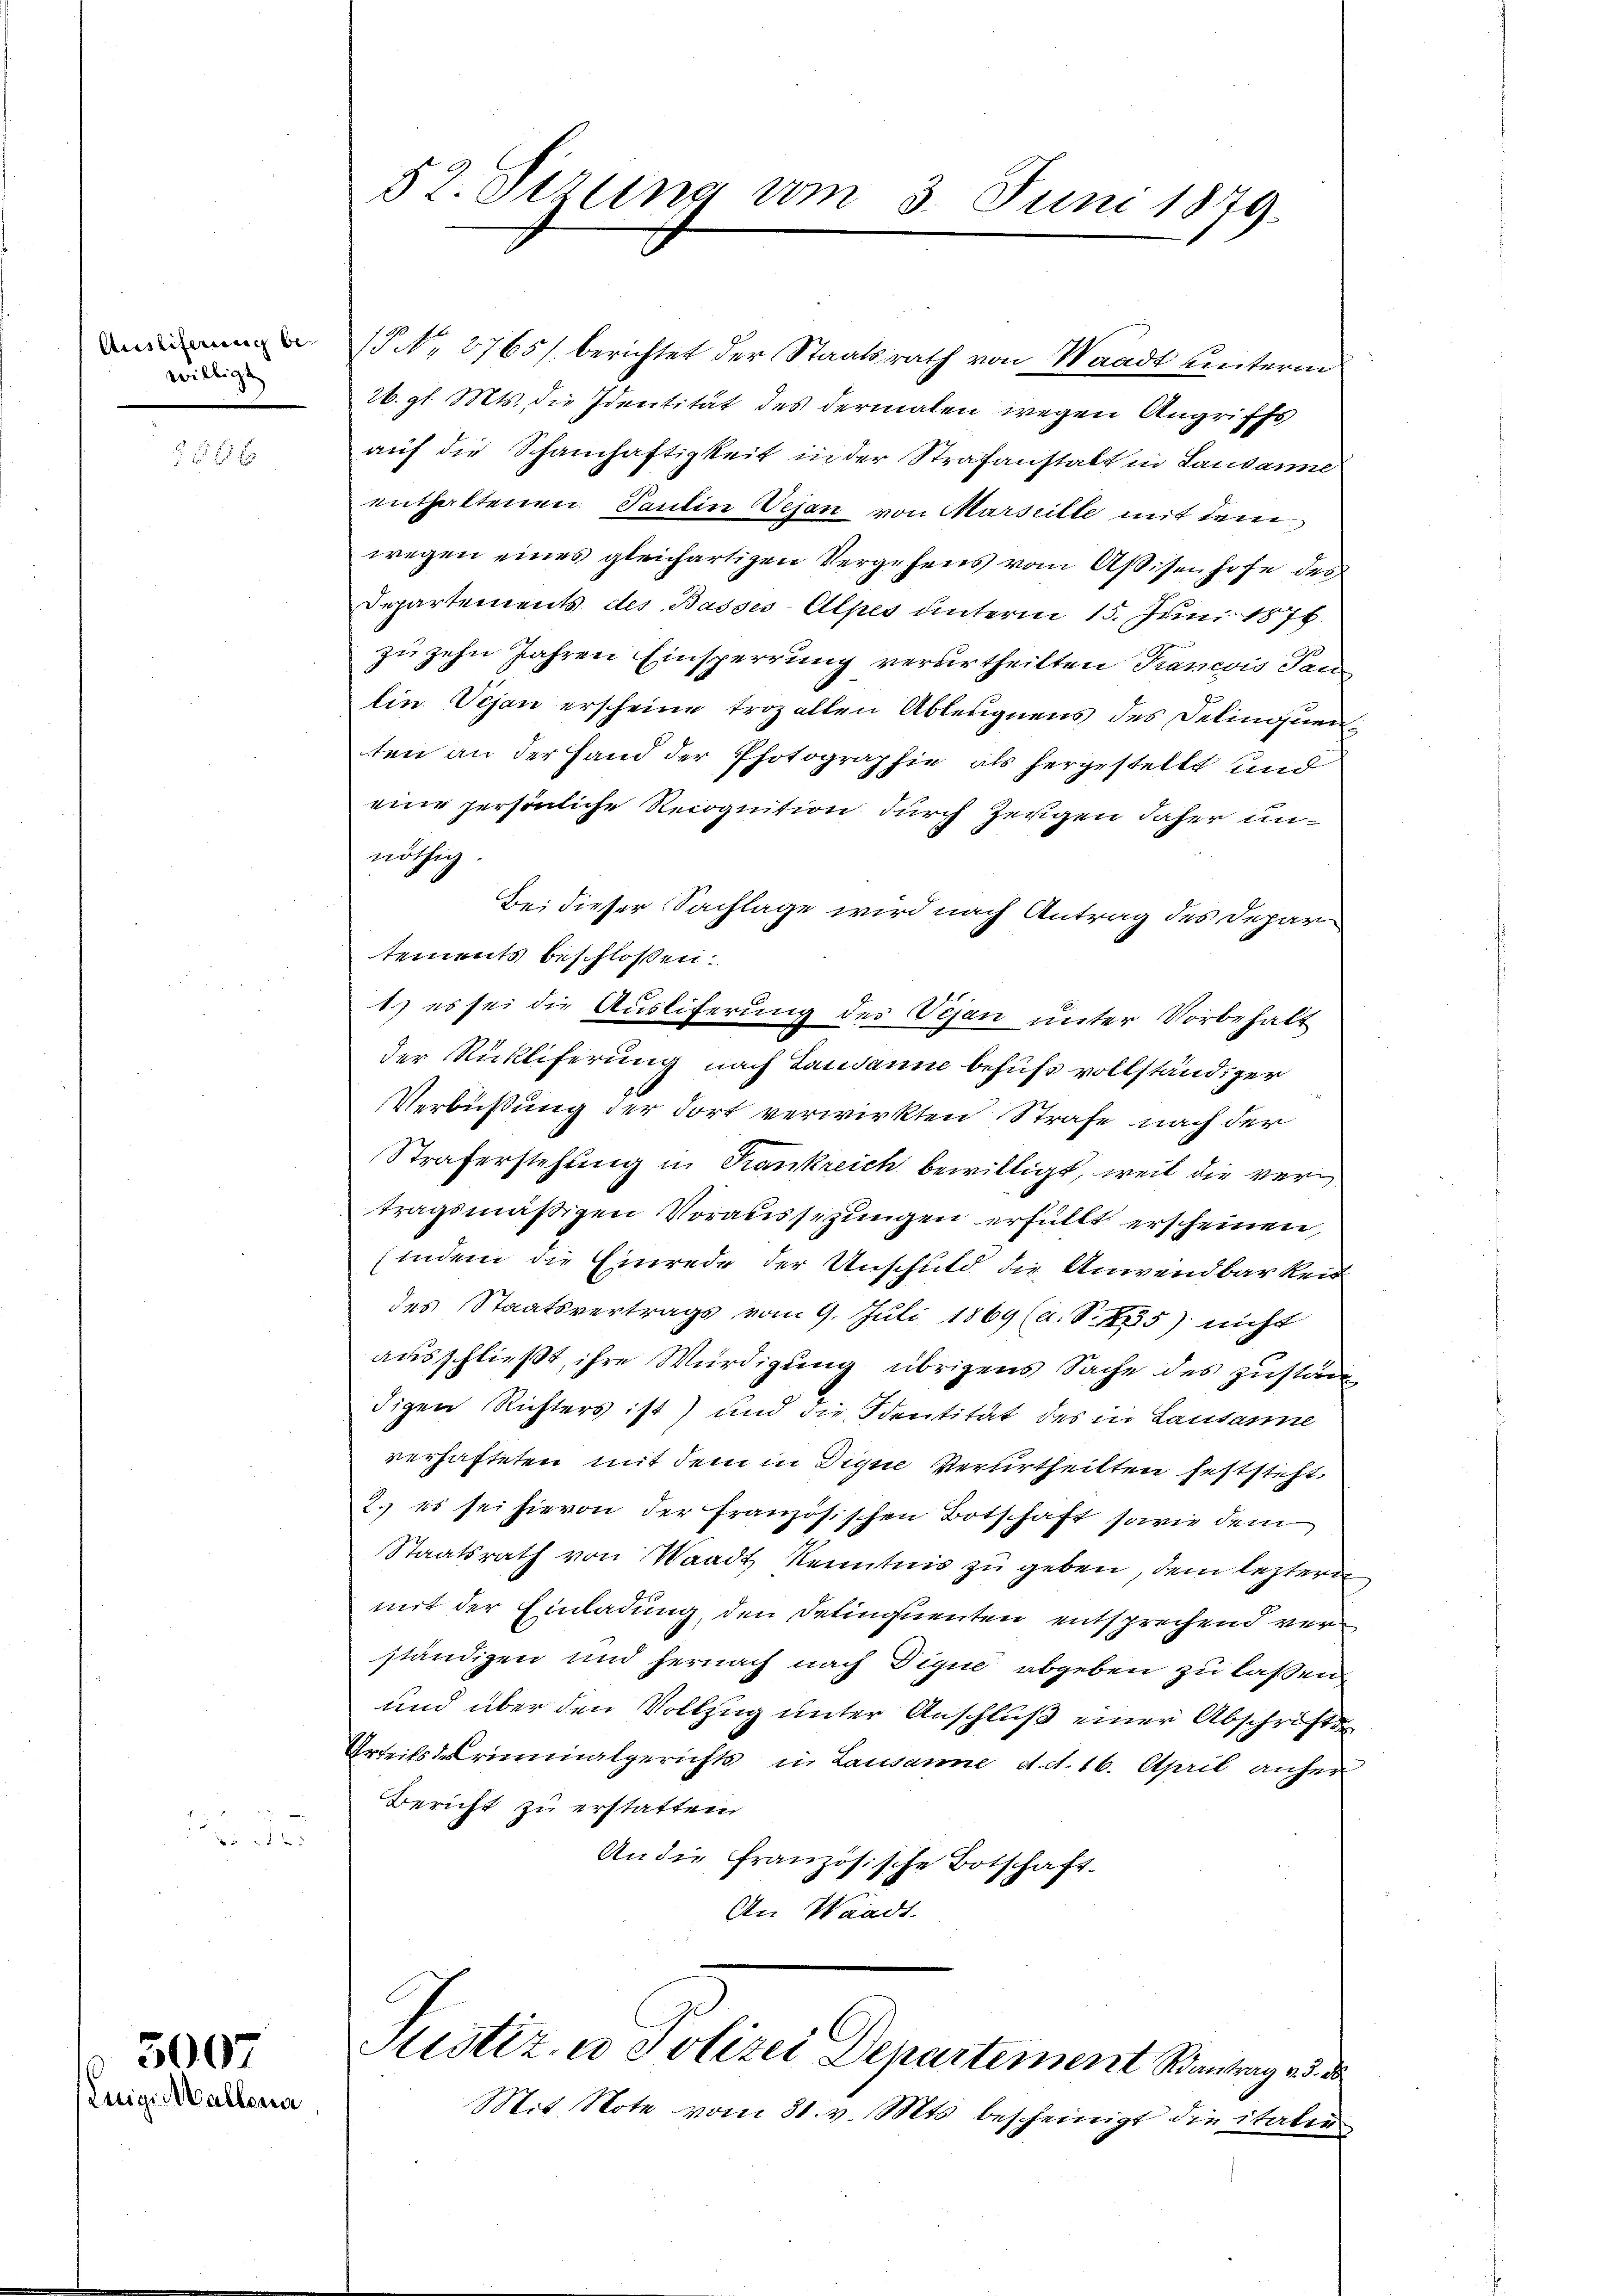
willigt

356 x

3007
nige Mallena,

(NNo. 3765/ berichtet der Staatsrath von Waadt unterm
26. gl. Mts. die Identität des dermalen wegen Angriffs
auf die Schamhaftigkeit in der Strafanstalt in Laudanne
enthaltenen Tantin Vejan von Marseille mit dem
wegen eines gleichartigen Vergehens vom Aßisenhofe des
Departements des Basses-Alpes unterm 15. Juni 1876.
zu zehn Jahren Einsperrung verurtheilten Trancois Tan
lin. Vejan erscheine troz allen Ableugnens des Delinquenten an der Hand der Photographie als hergestellt und
eine persönliche Recognition durch Zeugen daher unnöthig
Bei dieser Sachlage wird nach Antrag des Depar
tements beschlossen:
1) es sei die Ausliferung des Vejan unter Vorbehalt
der Rückliferung nach Landann behufs vollständiger
Verbüßung der dort verwirkten Strafe nach der
Straferstehung in Krankreich bewilligt, weil die vertragsmäßigen Voraussezungen erfüllt erscheinen,
(indem die Einrede der Unschuld die Anwendbarkeit
des Staatsvertrags vom 9. Juli 1869 (a. S. 2335) nicht
ausschließt, ihre Würdigung übrigens Sache des zuständigen Richters ist) und die Identität des in Lausanne
verhafteten mit dem in Dique Verurtheilten feststeht.
2., es sei hievon der französischen Botschaft sowie dem
Staatsrath von Waadt Kenntnis zu geben, dem leztere
mit der Einladung, den Delinquenten entsprechend verständigen und hernach nach Dique abgeben zu laßen
und über den Vollzug unter Anschluß einer Abschrifte
Urteils des riminalgerichts in Lausanne d. d. 16. April anher
Bericht zu erstatten
An die Französische Botschaft-
An Waadt.

52. Sizung um 3. Juni 1879.

Justiz- u Polizei Departement Kantrag ad des

Mit Note vom 31. v. Mts. bescheinigt die italen